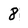
Character: 8